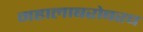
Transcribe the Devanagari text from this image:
महालाबरोबरच